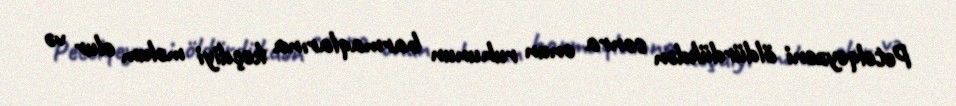
Petelqeyzeni öldürdükdən sonra onun ruhunun barmaqlarına keçdiyi məlum olur və